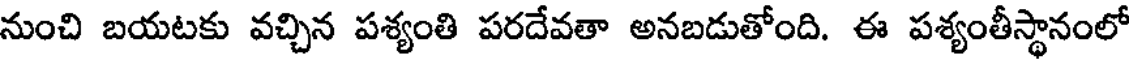
నుంచి బయటకు వచ్చిన పశ్యంతి పరదేవతా అనబడుతోంది. ఈ పశ్యంతీస్థానంలో